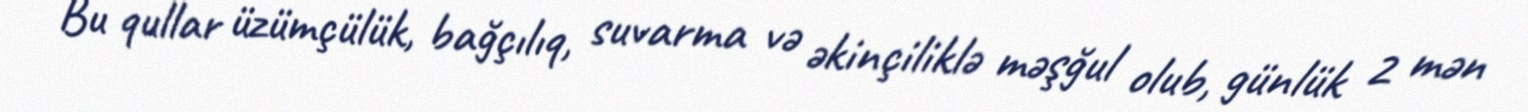
Bu qullar üzümçülük, bağçılıq, suvarma və əkinçiliklə məşğul olub, günlük 2 mən